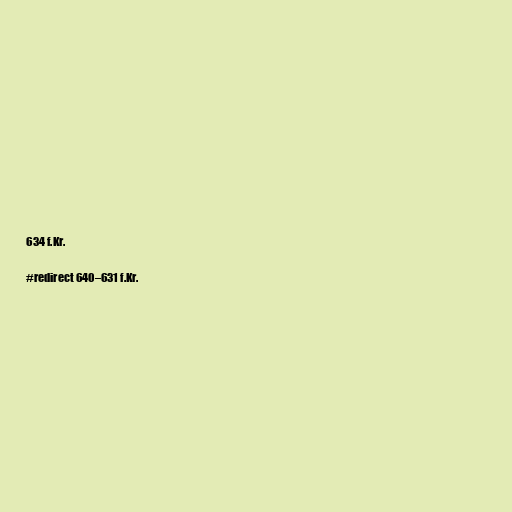
634 f.Kr.

#redirect 640–631 f.Kr.